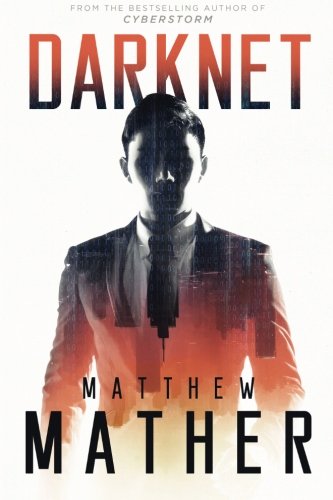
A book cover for Darknet; Matthew Mather; Mystery, Thriller & Suspense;